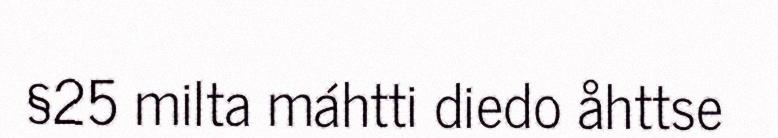
§25 milta máhtti diedo åhttse